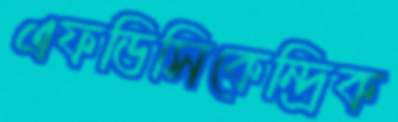
এফডিসিকেন্দ্রিক